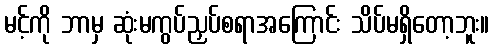
မင့်ကို ဘာမှ ဆုံးမကွပ်ညှပ်စရာအကြောင်း သိပ်မရှိတော့ဘူး။